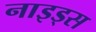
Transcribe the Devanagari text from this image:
नाइड्स